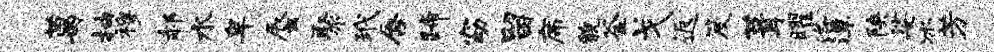
葛抽穆郝水卑蜃聚玳唇蹄窈留席貌釜戈返笈葺曜洛潭陕娑冰芳